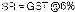
SR=GST @6%